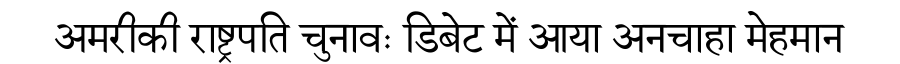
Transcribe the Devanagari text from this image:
अमरीकी राष्ट्रपति चुनावः डिबेट में आया अनचाहा मेहमान